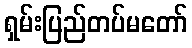
ရှမ်းပြည်တပ်မတော်